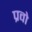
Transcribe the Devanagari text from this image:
प्रवो